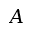
A